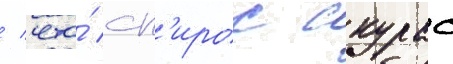
/ что́ сп'ирос скурас